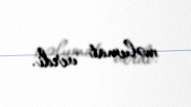
məlumat verdi.